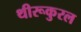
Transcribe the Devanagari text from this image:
थीरूकुरल